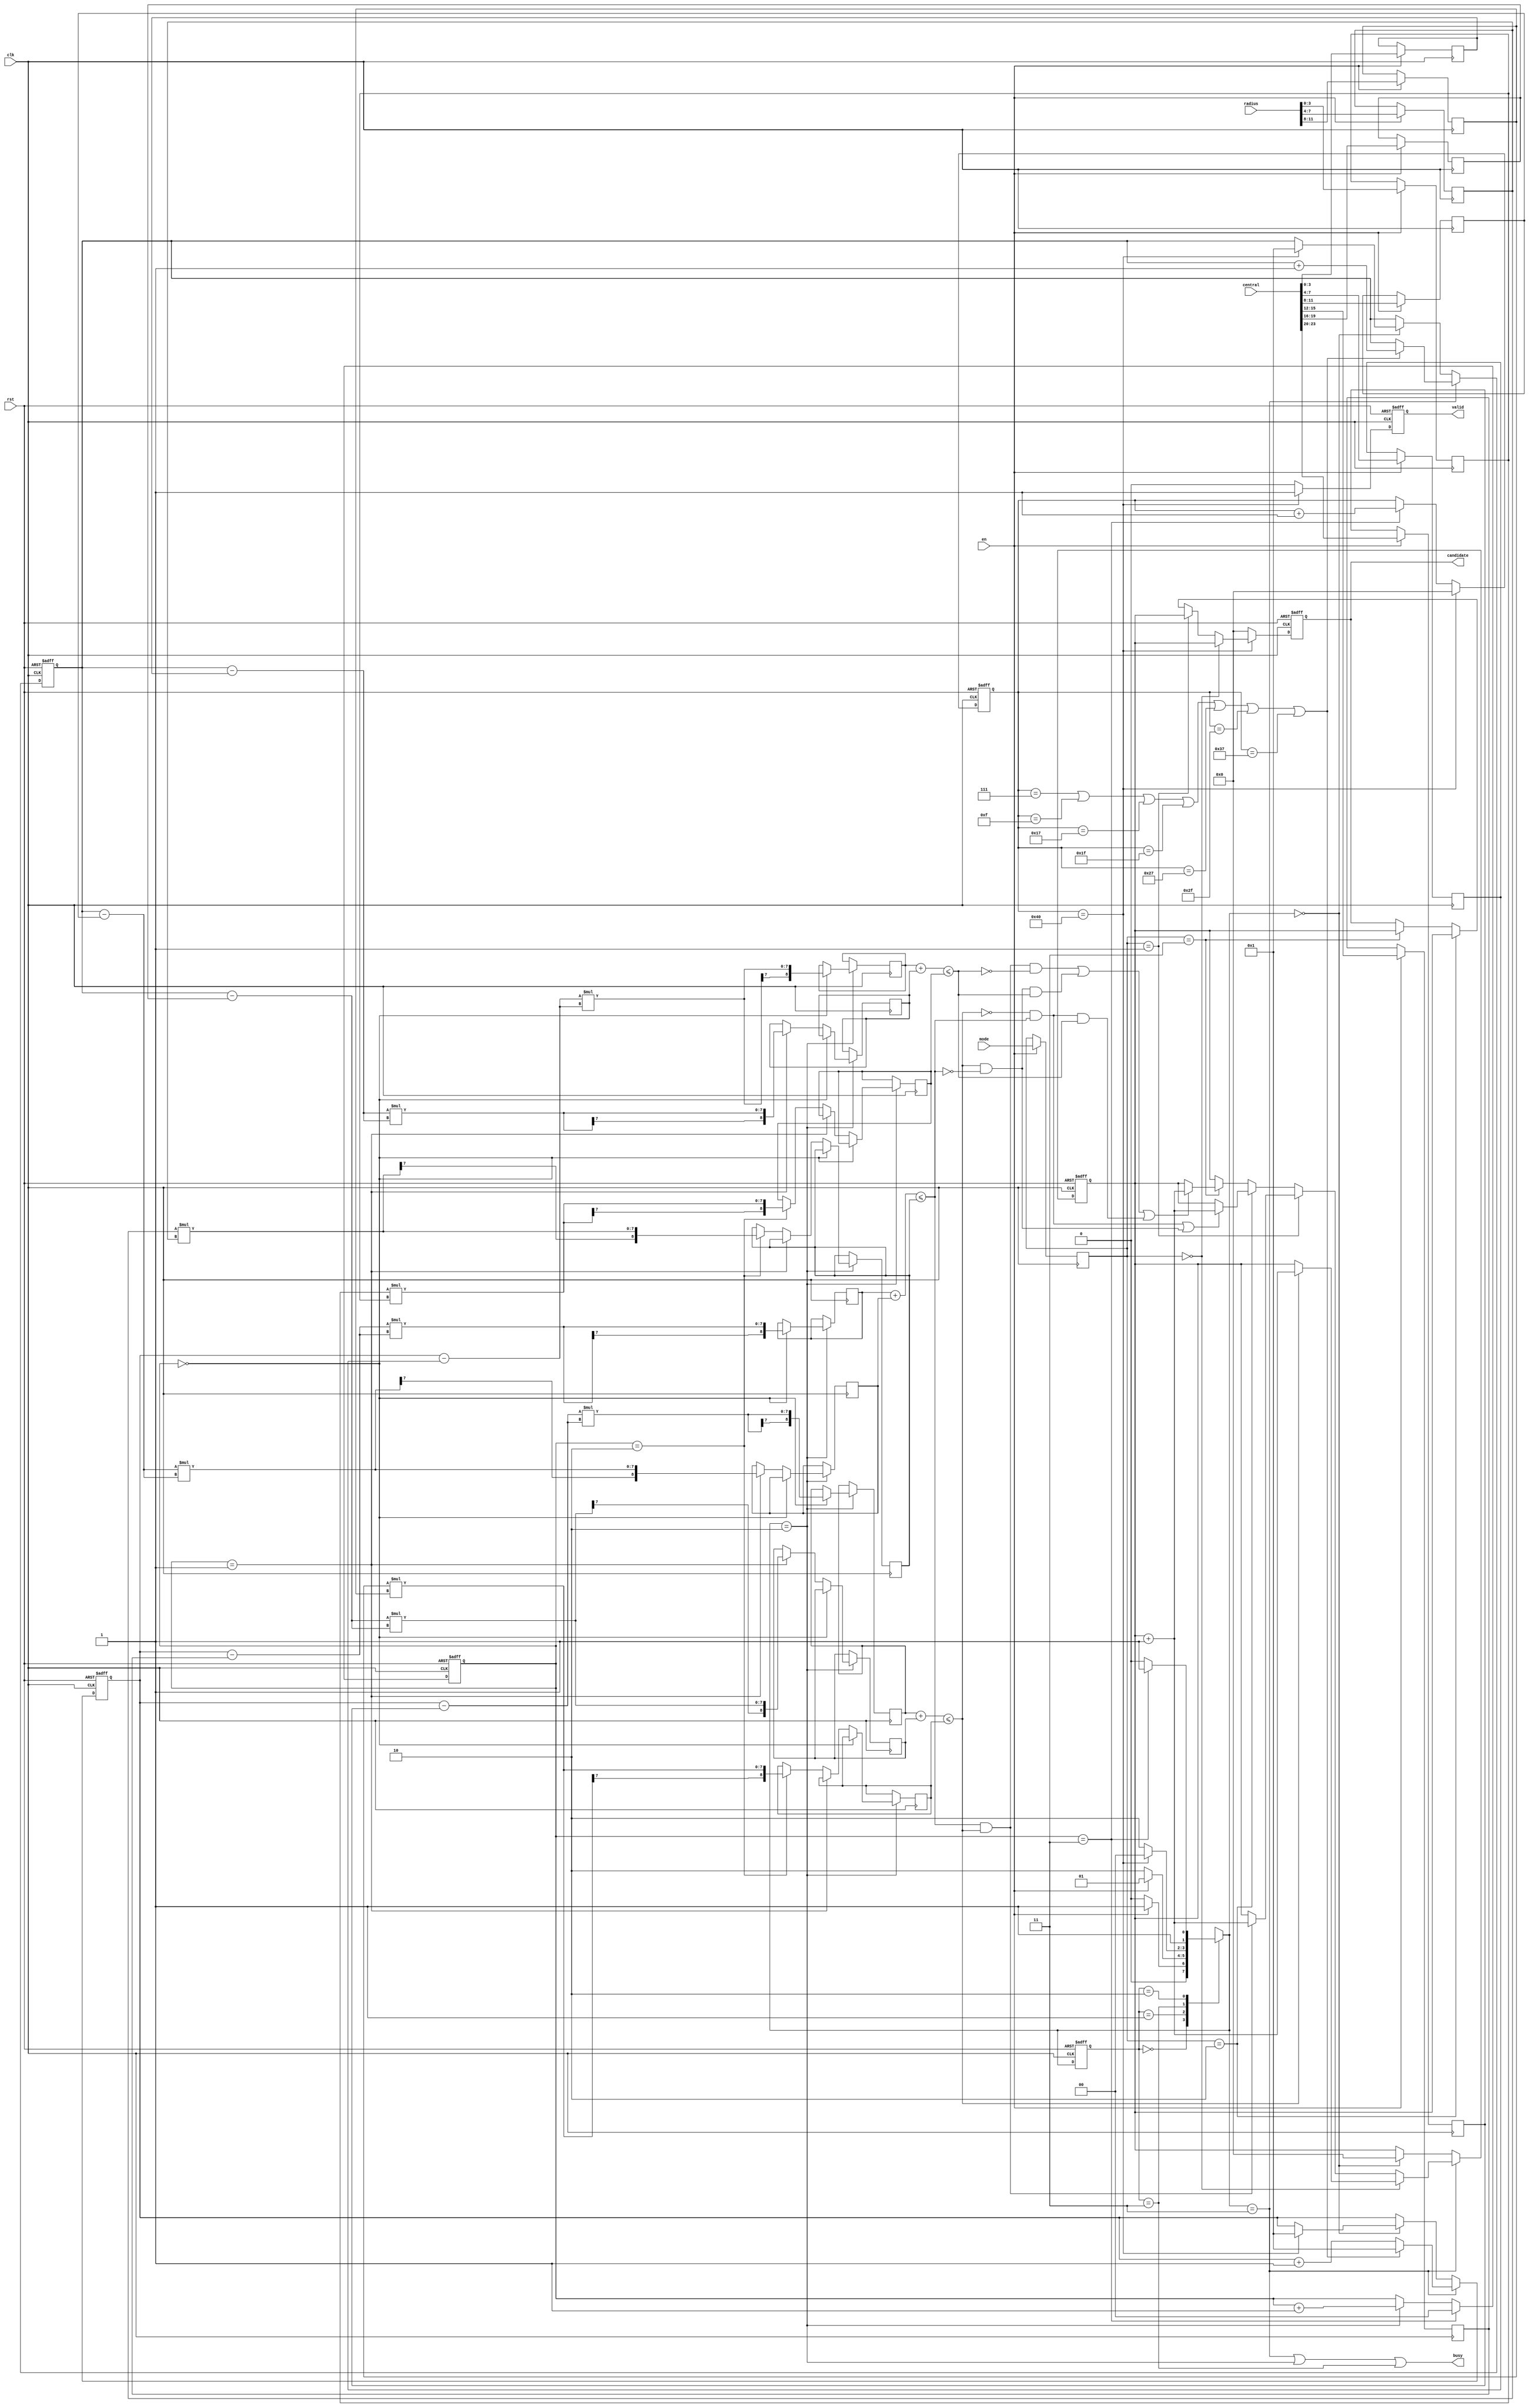
module SET ( clk , rst, en, central, radius, mode, busy, valid, candidate );

input clk, rst;
input en;
input [23:0] central;
input [11:0] radius;
input [1:0] mode;
output busy;
output reg valid;
output reg [7:0] candidate;

////////////////////////////////
////////Define Somethings///////
////////////////////////////////

parameter IDLE = 2'b00 ;
parameter  EN  = 2'b01 ;
parameter BUSY = 2'b11 ;
parameter  OP  = 2'b10 ;

wire signed [3:0] a1, a2, b1, b2, c1, c2 ;
wire      a , b , c ,d ,g ;

wire signed [8:0] r,t,v ;

reg signed [3:0] x ,y  ;
//wire signed [8:0] i,j,k ,h ,m ,n ;
reg [1:0] cs , ns , mod;

reg signed [3:0] Ax ,Ay ,Bx ,By ,Cx ,Cy ;
reg signed [3:0] Ar , Br , Cr ;
reg signed [8:0] i , j , k ,h ,m ,n ,q ,w,z ;
reg [1:0] counter ;


reg [7:0] count , num ;


assign a1 = x-Ax ;
assign a2 = y-Ay ;
assign b1 = x-Bx ;
assign b2 = y-By ;
assign c1 = x-Cx ;
assign c2 = y-Cy ;
/*
assign i = a1*a1 + a2*a2 ;
assign j = b1*b1 + b2*b2 ;
assign k = c1*c1 + c2*c2 ;
assign h = Ar*Ar ;
assign m = Br*Br ;
assign n = Cr*Cr ;
*/
assign r = i + h ;
assign t = j + m ;
assign v = k + n ;

assign a = (r <= q);
assign b = (t <= w);
assign c = (v <= z);

assign d = ((!a)&b)|(a&(!b)) ;

assign g = ( a & b & (!c) ) | ( a & (!b) & c ) |  ( (!a) & b & c ) ;


always@(posedge clk)
begin
	if(ns==OP)
	begin
		if(counter==2'd0)
		begin
			i <= a1*a1 ;
			j <= b1*b1 ;
			k <= c1*c1 ;
		end
		else if(counter==2'd1)
		begin
			h <= a2*a2 ;
			m <= b2*b2 ;
			n <= c2*c2 ;			
		end
		else if(counter==2'd2)
		begin
			q <= Ar*Ar ;
			w <= Br*Br ;
			z <= Cr*Cr ;
		end
	end
	
end



always@(posedge clk or posedge rst)
begin
	if(rst)
		valid <= 0 ;
	else if(count==8'd64)
		valid <= 1 ;
	else
		valid <= 0 ;
		
end


always@(posedge clk or posedge rst)
begin
	if(rst)
		num <= 8'd0 ;
	else if(ns==BUSY)
	begin
		if(mod==2'b00)
		begin
			if(a)
				num <= num + 8'd1 ;
		end
		else if(mod==2'b01)
		begin
			if(b&a)
				num <= num + 8'd1 ;
		end
		else if(mod==2'b10)
		begin
			if(d)
				num <= num + 8'd1 ;
		end
		else if(mod==2'b11)
		begin
			if(g)
				num <= num + 8'd1 ;
		end
	end
	else if(ns==IDLE)
		num <= 8'd0 ;
end

always@(posedge clk or posedge rst)
begin
	if(rst)
		candidate <= 8'd0 ;
	else if(count==8'd64)
	begin
		if(mod==2'b00)
		begin
			if(a)
				candidate <= num  ;
			else
				candidate <= num ;
		end
		else if(mod==2'b01)
		begin
			if(b&a)
				candidate <= num  ;
			else
				candidate <= num ;		
			end
		else if(mod==2'b10)
		begin
			if(d)
				candidate <= num  ;
			else
				candidate <= num	 ;	
		end
		else if(mod==2'b11)
		begin
			if(g)
				candidate <= num  ;
			else
				candidate <= num ;
		end
	end
	else
		candidate <= 8'd0 ;
end

always@(posedge clk or posedge rst)
begin
	if(rst)
		counter <= 2'd0 ;
	else if(counter==2'd3)
		counter <= 2'd0 ;
	else if(ns==OP)
		counter <= counter + 2'd1 ;
end

always@(posedge clk or posedge rst)
begin
	if(rst)
	begin x <= 4'd1 ; y <= 4'd1 ;      end
	else if(ns==BUSY)
		begin
			if(count==8'd7||count==8'd15||count==8'd23||count==8'd31||count==8'd39||count==8'd47||count==8'd55)
			begin x <= 4'd1 ; y <= y + 4'd1 ; end 
			else 
			begin x <= x + 4'd1 ; y <= y ;   end
		end
	else if(ns==IDLE)
	begin
			if(count==8'd64)
			begin x <= 4'd1 ; y <= 4'd1 ;      end
	end
end



always@(posedge clk or posedge rst)
begin
	if(rst)
		count <= 8'd0 ;
	else if(count==8'd64)
		count <= 8'd0 ;
	else if(counter==2'd3)
		count <= count + 8'd1 ;
end






always@(posedge clk or posedge rst)
begin
	if(rst)
		cs <= IDLE ;
	else
		cs <= ns ;
end

always@(*)
begin
	case(cs)
		IDLE : if(en)
				ns = EN ;
			   else
			    ns = IDLE ;
		EN :   if(~en)
				ns = OP ;
			   else
			    ns = EN   ;
		BUSY:  if(count==8'd64)
				ns = IDLE ;
			   else
			    ns = OP ;
				
		OP :   if(counter==2'd3) 
				ns = BUSY ;
			   else
			    ns = OP  ;
		
	default : ns = IDLE ;	
	endcase
end

assign busy = (ns==BUSY||ns==OP||cs==BUSY) ;







always@(posedge clk)
	if(en)
	begin
		Ax <= central[23:20] ;
		Ay <= central[19:16] ;
		Bx <= central[15:12] ;
		By <= central[11:8] ;
		Cx <= central[7:4] ;
		Cy <= central[3:0] ;
		Ar <= radius[11:8] ;
		Br <= radius[7:4] ;
		Cr <= radius[3:0] ;
		mod <= mode ;
	end
/*always@(posedge clk)
	if(en)
		Ay <= central[19:16] ;
always@(posedge clk)
	if(en)
		Bx <= central[15:12] ;
always@(posedge clk)
	if(en)
		By <= central[11:8] ;
always@(posedge clk)
	if(en)
		Cx <= central[7:4] ;
always@(posedge clk)
	if(en)
		Cy <= central[3:0] ;	
always@(posedge clk)
	if(en)
		Ar <= radius[11:8] ;
always@(posedge clk)
	if(en)
		Br <= radius[7:4] ;
always@(posedge clk)
	if(en)
		Cr <= radius[3:0] ;	
always@(posedge clk)
	if(en)
		mod <= mode ;		
*/













endmodule